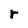
Character: r